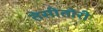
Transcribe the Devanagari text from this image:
तेसीतोरी